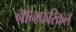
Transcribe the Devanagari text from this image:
नोन्स्फेरिकल